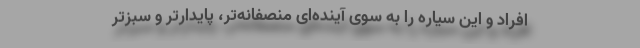
افراد و این سیاره را به سوی آینده‌ای منصفانه‌تر، پایدارتر و سبزتر